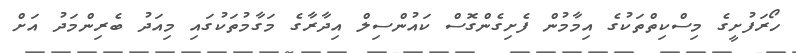
ހޯރަފުށީގެ މިސްކިތްތަކުގެ އިމާމުން ފެށިގެންގޮސް ކައުންސިލް އިދާރާގެ މަގާމުތަކުގައި މިއަދު ބެރިންމަދު އަށް